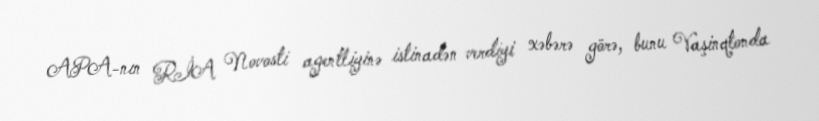
APA-nın RİA Novosti agentliyinə istinadən verdiyi xəbərə görə, bunu Vaşinqtonda